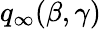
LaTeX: q_{\infty}(\beta,\gamma)